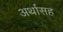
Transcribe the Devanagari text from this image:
अर्थासह